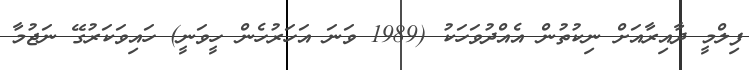
ފިލްމީ ދާއިރާއަށް ނިކުތުން އެއްދުވަހަކު (1989 ވަނަ އަހަރުހެން ހީވަނީ) ހައިވަކަރުގޭ ނަޖުމާ